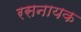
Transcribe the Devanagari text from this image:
रसनायक